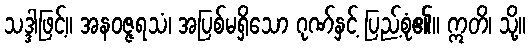
သဒ္ဒါဖြင့်။ အနဝဇ္ဇရသံ၊ အပြစ်မရှိသော ဂုဏ်နှင့် ပြည့်စုံ၏။ ဣတိ၊ သို့။